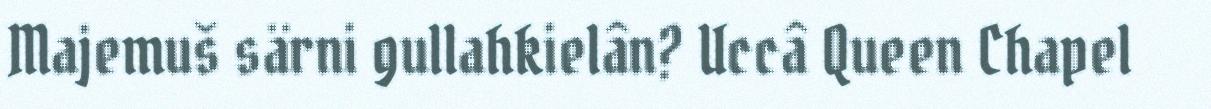
Majemuš särni gullahkielân? Uccâ Queen Chapel